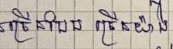
ច្រើនបែប ច្រើនយ៉ាង